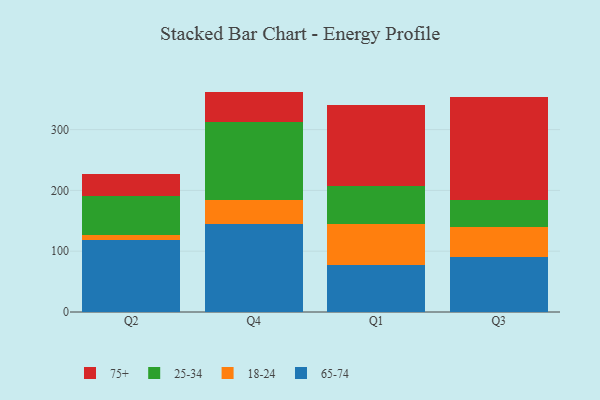
{"axis": {"x": "Quarter", "y": "Churn Rate (%)"}, "legend": ["18-24", "25-34", "65-74", "75+"], "data": [{"x": "Q2", "y": 119.2, "type": "65-74"}, {"x": "Q2", "y": 7.0, "type": "18-24"}, {"x": "Q2", "y": 63.8, "type": "25-34"}, {"x": "Q2", "y": 37.5, "type": "75+"}, {"x": "Q4", "y": 144.2, "type": "65-74"}, {"x": "Q4", "y": 40.4, "type": "18-24"}, {"x": "Q4", "y": 128.0, "type": "25-34"}, {"x": "Q4", "y": 49.9, "type": "75+"}, {"x": "Q1", "y": 76.7, "type": "65-74"}, {"x": "Q1", "y": 68.2, "type": "18-24"}, {"x": "Q1", "y": 62.6, "type": "25-34"}, {"x": "Q1", "y": 133.5, "type": "75+"}, {"x": "Q3", "y": 90.7, "type": "65-74"}, {"x": "Q3", "y": 48.9, "type": "18-24"}, {"x": "Q3", "y": 44.4, "type": "25-34"}, {"x": "Q3", "y": 170.4, "type": "75+"}]}